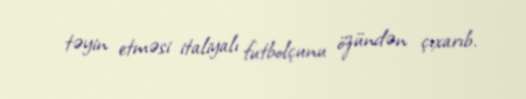
təyin etməsi italiyalı futbolçunu özündən çıxarıb.